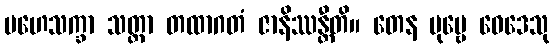
မဟေသက္ခာ သတ္တာ တထာဂတံ ဇာနိဿန္တီတိ။ တေန ပုဗ္ဗေ ဝေဒေသု